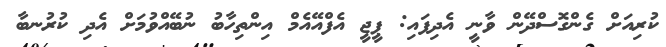
ކުރިއަށް ގެންގޮސްދޭން ވާނީ އެދިފައި: ޕީޖީ އެފްއޭއެމް އިންތިހާބު ނުބޭއްވުމަށް އެދި ކުރުނބާ